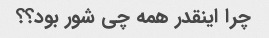
چرا اینقدر همه چی شور بود؟؟